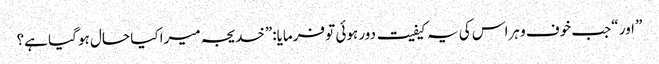
” اور “جب خوف و ہراس کی یہ کیفیت دور ہوئی تو فرمایا:”خدیجہ میرا کیا حال ہو گیا ہے؟